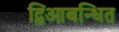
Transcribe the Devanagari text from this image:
द्विआबन्धित